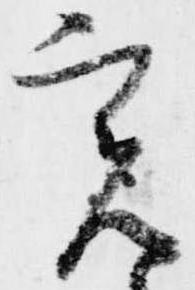
実